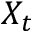
X _ { t }